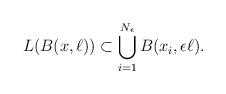
LaTeX: \begin{align*} L(B(x,\ell)) \subset \bigcup_{i=1}^{N_\epsilon} B(x_i,\epsilon \ell). \end{align*}